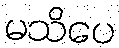
မသိပေ